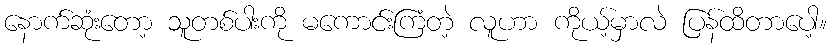
နောက်ဆုံးတော့ သူတစ်ပါးကို မကောင်းကြံတဲ့ လူဟာ ကိုယ့်မှာလဲ ပြန်ထိတာပေါ့။